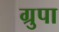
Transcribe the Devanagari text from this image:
ग्रुपा